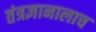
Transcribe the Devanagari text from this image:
तंत्रज्ञानालाच